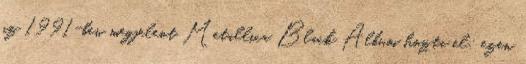
az 1991-ben megjelent Metallica Black Album hozta el; ezen